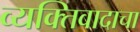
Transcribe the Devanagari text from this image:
व्यक्तिवादाचा